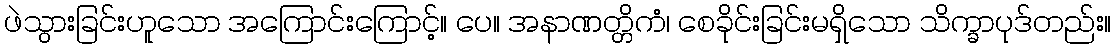
ဖဲသွားခြင်းဟူသော အကြောင်းကြောင့်။ ပေ။ အနာဏတ္တိကံ၊ စေခိုင်းခြင်းမရှိသော သိက္ခာပုဒ်တည်း။